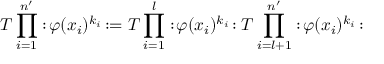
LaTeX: T \prod _ { i = 1 } ^ { n ^ { \prime } } : \! \varphi ( x _ { i } ) ^ { k _ { i } } \! : = T \prod _ { i = 1 } ^ { l } : \! \varphi ( x _ { i } ) ^ { k _ { i } } \! : T \prod _ { i = l + 1 } ^ { n ^ { \prime } } : \! \varphi ( x _ { i } ) ^ { k _ { i } } \! :